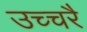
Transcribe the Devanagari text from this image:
उच्‍चरै